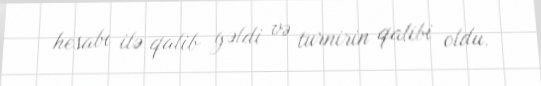
hesabı ilə qalib gəldi və turnirin qalibi oldu.